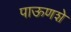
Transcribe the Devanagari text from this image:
पाऊणशे